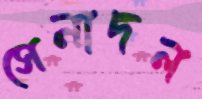
সেনাদল